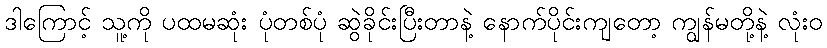
ဒါကြောင့် သူ့ကို ပထမဆုံး ပုံတစ်ပုံ ဆွဲခိုင်းပြီးတာနဲ့ နောက်ပိုင်းကျတော့ ကျွန်မတို့နဲ့ လုံးဝ